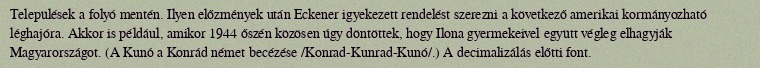
Települések a folyó mentén. Ilyen előzmények után Eckener igyekezett rendelést szerezni a következő amerikai kormányozható léghajóra. Akkor is például, amikor 1944 őszén közösen úgy döntöttek, hogy Ilona gyermekeivel együtt végleg elhagyják Magyarországot. (A Kunó a Konrád német becézése /Konrad-Kunrad-Kunó/.) A decimalizálás előtti font.